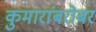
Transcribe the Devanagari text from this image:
कुमारांबरोबर